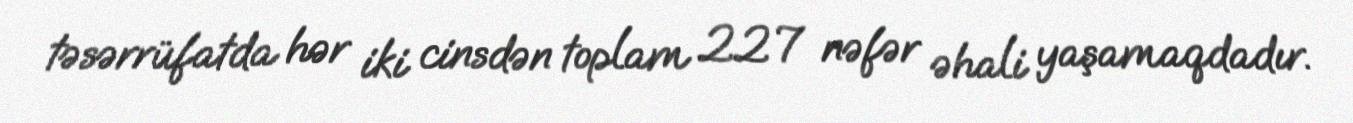
təsərrüfatda hər iki cinsdən toplam 227 nəfər əhali yaşamaqdadır.